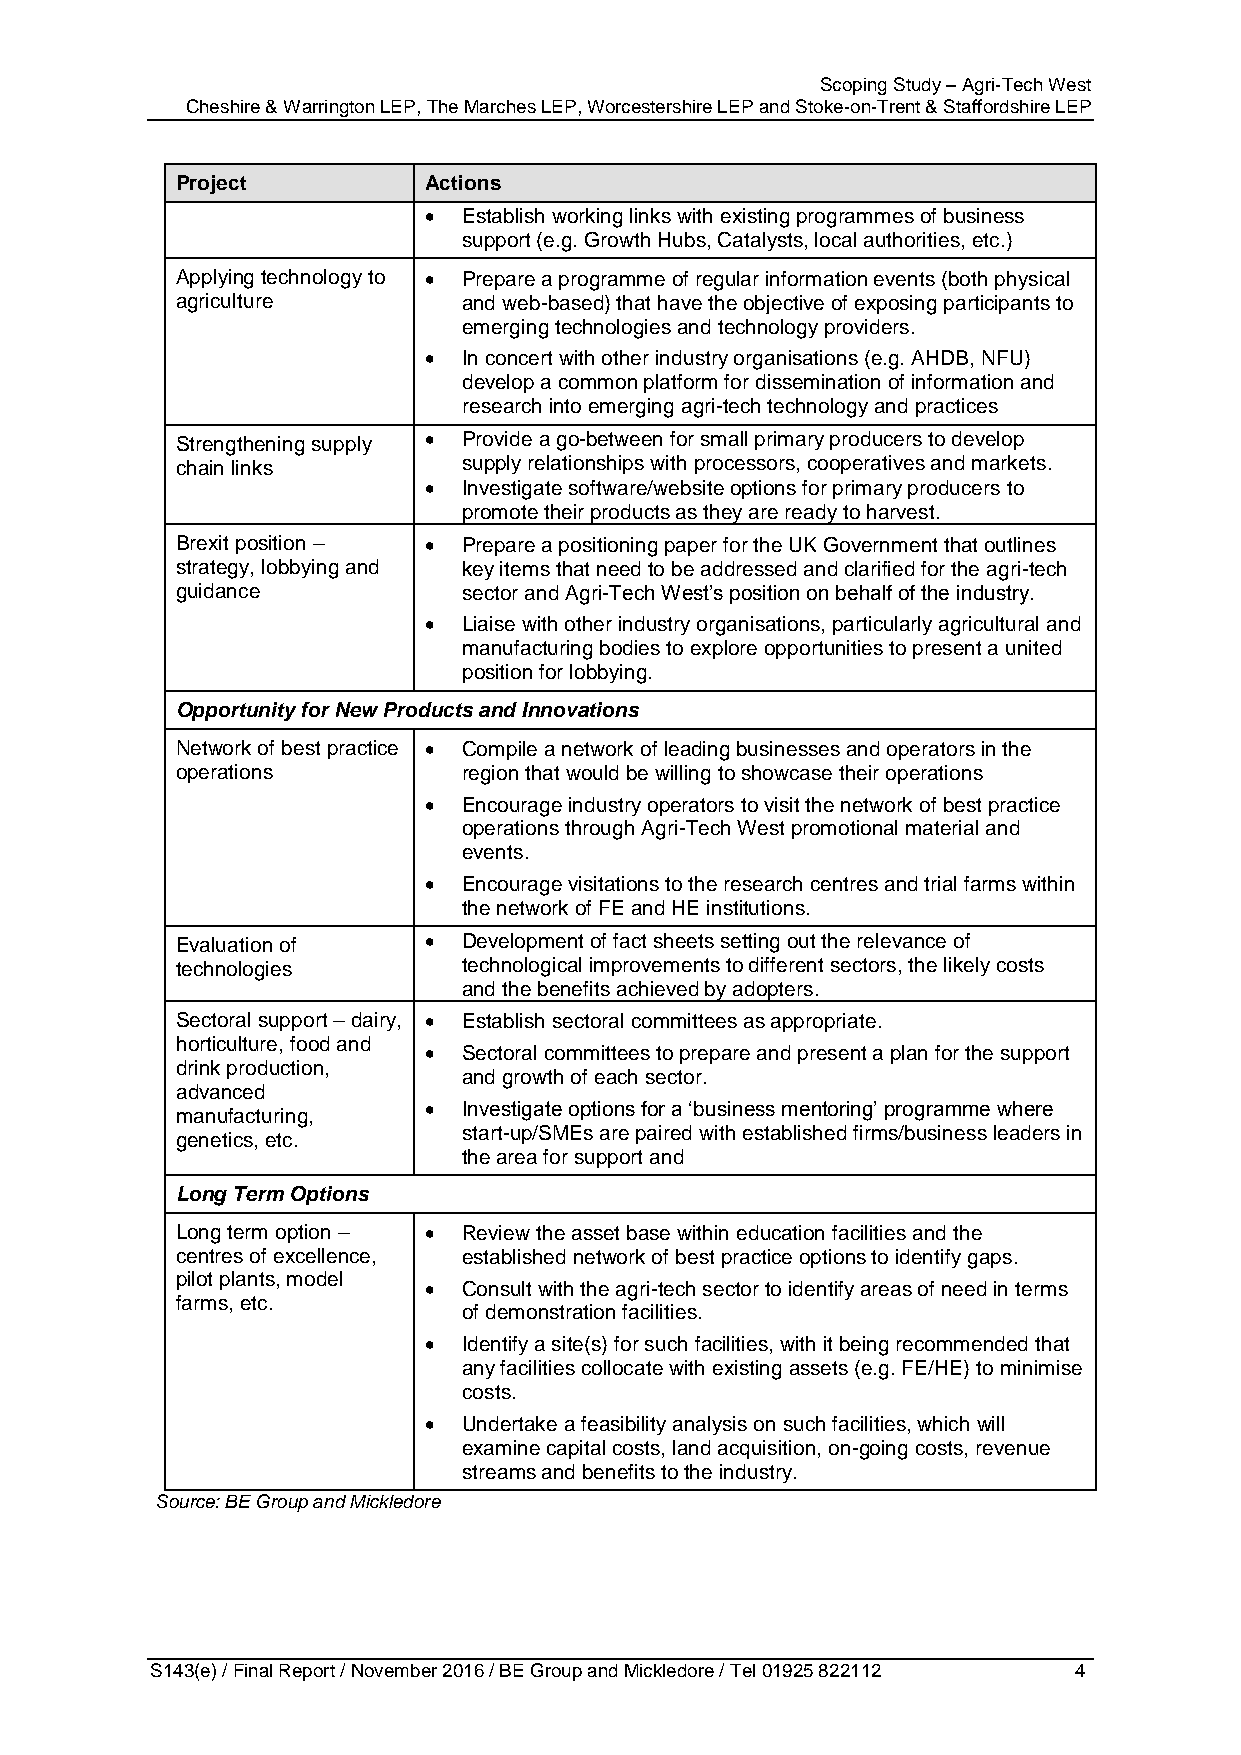
Scoping Study – Agri-Tech West
 Cheshire & Warrington LEP, The Marches LEP, Worcestershire LEP and Stoke-on-Trent & Staffordshire LEP
 Project         Actions
   Establish working links with existing programmes of business
 support (e.g. Growth Hubs, Catalysts, local authorities, etc.)
 Applying technology to  Prepare a programme of regular information events (both physical
 agriculture        and web-based) that have the objective of exposing participants to
 emerging technologies and technology providers.
   In concert with other industry organisations (e.g. AHDB, NFU)
 develop a common platform for dissemination of information and
 research into emerging agri-tech technology and practices
 Strengthening supply  Provide a go-between for small primary producers to develop
 chain links        supply relationships with processors, cooperatives and markets.
   Investigate software/website options for primary producers to
 promote their products as they are ready to harvest.
 Brexit position –  Prepare a positioning paper for the UK Government that outlines
 strategy, lobbying and key items that need to be addressed and clarified for the agri-tech
 guidance           sector and Agri-Tech West’s position on behalf of the industry.
   Liaise with other industry organisations, particularly agricultural and
 manufacturing bodies to explore opportunities to present a united
 position for lobbying.
 Opportunity for New Products and Innovations
 Network of best practice  Compile a network of leading businesses and operators in the
 operations         region that would be willing to showcase their operations
   Encourage industry operators to visit the network of best practice
 operations through Agri-Tech West promotional material and
 events.
   Encourage visitations to the research centres and trial farms within
 the network of FE and HE institutions.
 Evaluation of     Development of fact sheets setting out the relevance of
 technologies       technological improvements to different sectors, the likely costs
 and the benefits achieved by adopters.
 Sectoral support – dairy,  Establish sectoral committees as appropriate.
 horticulture, food and
   Sectoral committees to prepare and present a plan for the support
 drink production,
 and growth of each sector.
 advanced
   Investigate options for a ‘business mentoring’ programme where
 manufacturing,
 start-up/SMEs are paired with established firms/business leaders in
 genetics, etc.
 the area for support and
 Long Term Options
 Long term option –  Review the asset base within education facilities and the
 centres of excellence, established network of best practice options to identify gaps.
 pilot plants, model
   Consult with the agri-tech sector to identify areas of need in terms
 farms, etc.
 of demonstration facilities.
   Identify a site(s) for such facilities, with it being recommended that
 any facilities collocate with existing assets (e.g. FE/HE) to minimise
 costs.
   Undertake a feasibility analysis on such facilities, which will
 examine capital costs, land acquisition, on-going costs, revenue
 streams and benefits to the industry.
 Source: BE Group and Mickledore
 S143(e) / Final Report / November 2016 / BE Group and Mickledore / Tel 01925 822112 4